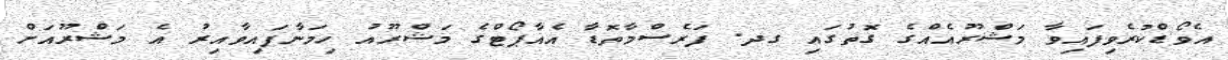
އެވޯޑްކުރެވިފައިވާ މަޝްރޫއެއްގެ ގޮތުގައި ގދ. ފަރެސްމާތޮޑާ އެއާޕޯޓްގެ މަޝްރޫއު ހިމަނާފައިވާއިރު އެ މަޝްރޫއަށް